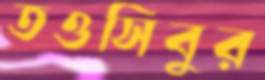
তওসিবুর